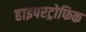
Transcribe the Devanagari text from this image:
हाइपरट्रोफिक